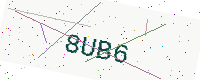
Text: 8UB6